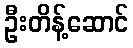
ဦးတိန့်ဆောင်